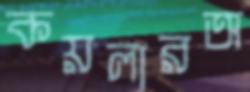
কয়লারঅ